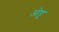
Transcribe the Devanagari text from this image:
ओहु